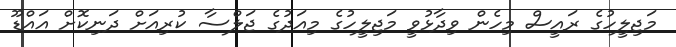
މަޖިލީހުގެ ރައީސް މިހެން ވިދާޅުވީ މަޖިލީހުގެ މިއަދުގެ ޖަލްސާ ކުރިއަށް ދަނިކޮށް އައްޑޫ